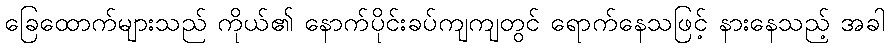
ခြေထောက်များသည် ကိုယ်၏ နောက်ပိုင်းခပ်ကျကျတွင် ရောက်နေသဖြင့် နားနေသည့် အခါ